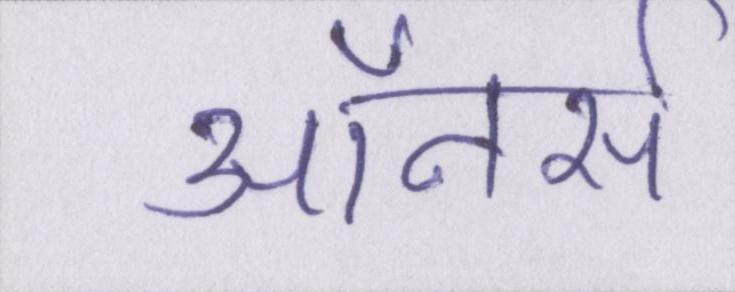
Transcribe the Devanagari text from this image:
ऑनर्स